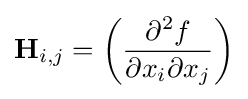
\mathbf {H} _{i,j}=\left({\frac {\partial ^{2}f}{\partial x_{i}\partial x_{j}}}\right)